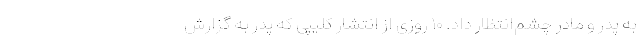
به پدر و مادر چشم‌انتظار داد. ۱۰ روزی از انتشار کلیپی که پدر به گزارش